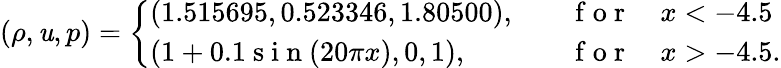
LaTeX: (\rho,\mathit{u},p)=\left\{ \begin{array}{ll}{(1.515695,0.523346,1.80500),\quad}&{\mathrm{~f~o~r~}\quad x<-4.5}\\ {(1+0.1\mathrm{~s~i~n~}(20\pi x),0,1),\quad}&{\mathrm{~f~o~r~}\quad x>-4.5.}\end{array}\right.